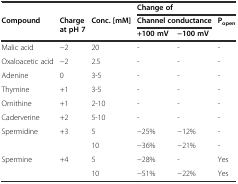
|  |  |  | <COLSPAN=3> Change of |
 | <ROWSPAN=2> Compound | <ROWSPAN=2> Charge at pH 7 | <ROWSPAN=2> Conc. [mM] | <COLSPAN=2> Channel conductance | Popen |
 | +100 mV | −100 mV |  |
 | --- | --- | --- | --- | --- | --- |
 | Malic acid | −2 | 20 | - | - | - |
 | Oxaloacetic acid | −2 | 2.5 | - | - | - |
 | Adenine | 0 | 3-5 | - | - | - |
 | Thymine | +1 | 3-5 | - | - | - |
 | Ornithine | +1 | 2-10 | - | - | - |
 | Caderverine | +2 | 5-10 | - | - | - |
 | Spermidine | +3 | 5 | −25% | −12% | - |
 |  |  | 10 | −36% | −21% | - |
 | Spermine | +4 | 5 | −28% | - | Yes |
 |  |  | 10 | −51% | −22% | Yes |